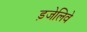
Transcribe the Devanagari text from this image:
ड़जेलिवे